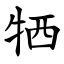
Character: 牺